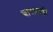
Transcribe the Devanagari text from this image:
चाराबाड़ी